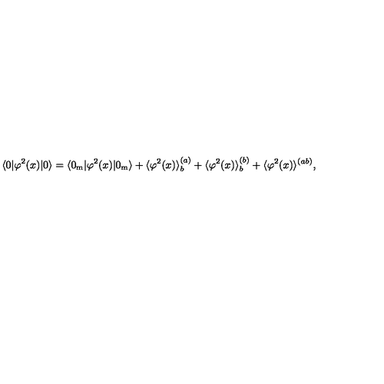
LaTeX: \langle 0 | \varphi ^ { 2 } ( x ) | 0 \rangle = \langle 0 _ { { \mathrm { m } } } | \varphi ^ { 2 } ( x ) | 0 _ { { \mathrm { m } } } \rangle + \langle \varphi ^ { 2 } ( x ) \rangle _ { b } ^ { ( a ) } + \langle \varphi ^ { 2 } ( x ) \rangle _ { b } ^ { ( b ) } + \langle \varphi ^ { 2 } ( x ) \rangle ^ { ( a b ) } ,